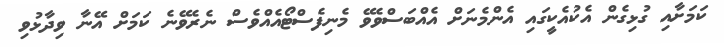
ކަމަށާއި ގުޅިގެން އެކުއެކީގައި އެންމެނަށް އެއްބަސްވެވޭ މެނިފެސްޓޯއެއްވެސް ނެރެވޭނެ ކަމަށް އޭނާ ވިދާޅުވި